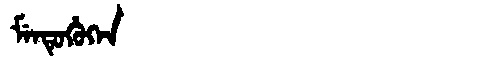
Manchu: ᠮᡝᠨᡨᡠᡥᡠᡴᡝᠨ
Romanization: MENTUHUKEN